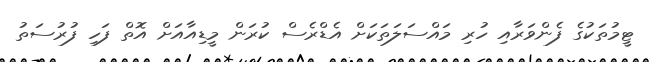
ޓީމުތަކުގެ ފެންވަރާއި ހުރި މައްސަލަތަކަށް އެޑްރެސް ކުރަން މީޑިއާއަށް އޮތް ފަހި ފުރުސަތު